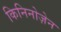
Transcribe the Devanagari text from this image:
किनिनोज़ेन